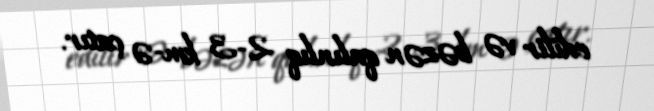
edilir və bəzən qalınlıq 2-3 km-ə çatır.